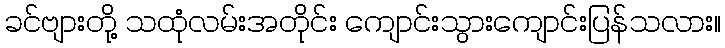
ခင်ဗျားတို့ သထုံလမ်းအတိုင်း ကျောင်းသွားကျောင်းပြန်သလား။